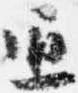
通